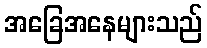
အခြေအနေများသည်